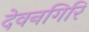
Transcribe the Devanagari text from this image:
देवनगिरि